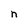
Character: n